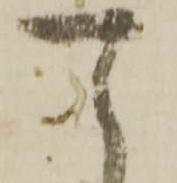
可